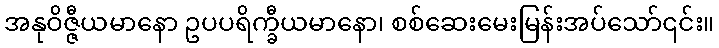
အနုဝိဇ္ဇီယမာနော ဥပပရိက္ခီယမာနော၊ စစ်ဆေးမေးမြန်းအပ်သော်၎င်း။